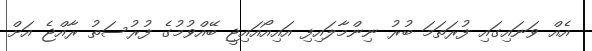
އެއް ވަނައިގައި ފުރަތަމަ ބުރު ނިންމާލައިފި އައިއޯއައިޖީ ބޭއްވުމުގެ ފުރުސަތު ރާއްޖެ އަށް